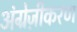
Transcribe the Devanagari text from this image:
अंग्रेज़ीकरण